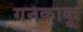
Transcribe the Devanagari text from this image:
गनकाकू